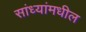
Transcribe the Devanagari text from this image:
सांध्यांमधील